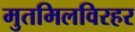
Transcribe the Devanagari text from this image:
मुतमिलविरहर